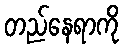
တည်နေရာကို